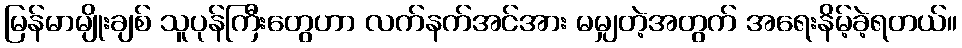
မြန်မာမျိုးချစ် သူပုန်ကြီးတွေဟာ လက်နက်အင်အား မမျှတဲ့အတွက် အရေးနိမ့်ခဲ့ရတယ်။